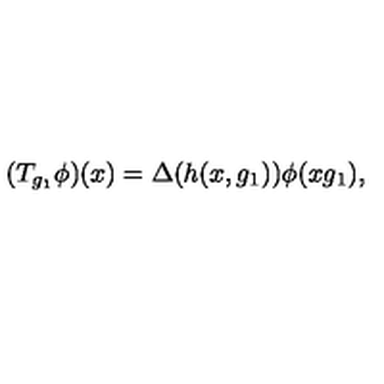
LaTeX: ( T _ { g _ { 1 } } \phi ) ( x ) = \Delta ( h ( x , g _ { 1 } ) ) \phi ( x g _ { 1 } ) ,